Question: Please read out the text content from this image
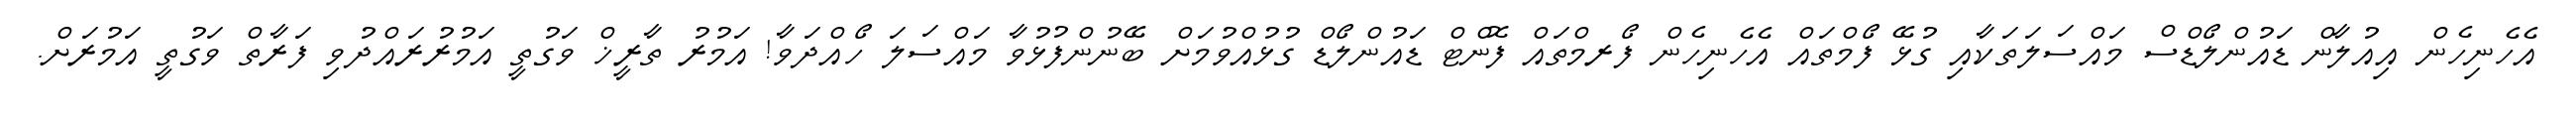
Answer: އެހެނިހެން އިއުލާން ޑައުންލޯޑްސް މައްސަލަތަކާއި ގުޅޭ ފޯމްތައް އެހެނިހެން ފޯރމްތައް ފޮންޓް ޑައުންލޯޑް ގުޅުއްވުމަށް ބޭނުންފުޅުވާ މައްސަލަ ހޯއްދަވާ! އަމުރު ތާރީޚް ވަގުތީ އަމުރުރައްދުވި ފަރާތް ވަގުތީ އަމުރަށް.